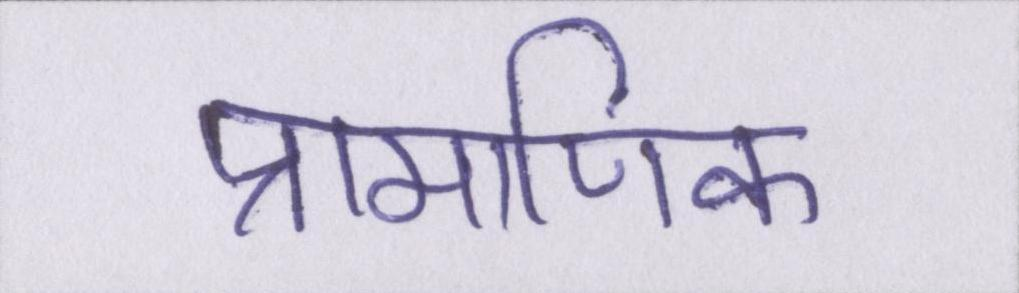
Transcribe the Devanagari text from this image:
प्रामाणिक